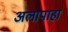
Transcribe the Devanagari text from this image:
अलापाहा